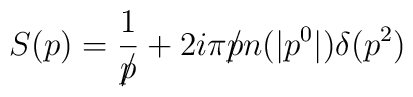
S(p) = {1\over p\!\!\!\slash} + 2i\pi p\!\!\!\slash n(|p^{0}|) \delta(p^{2})